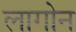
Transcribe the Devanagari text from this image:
लागोन